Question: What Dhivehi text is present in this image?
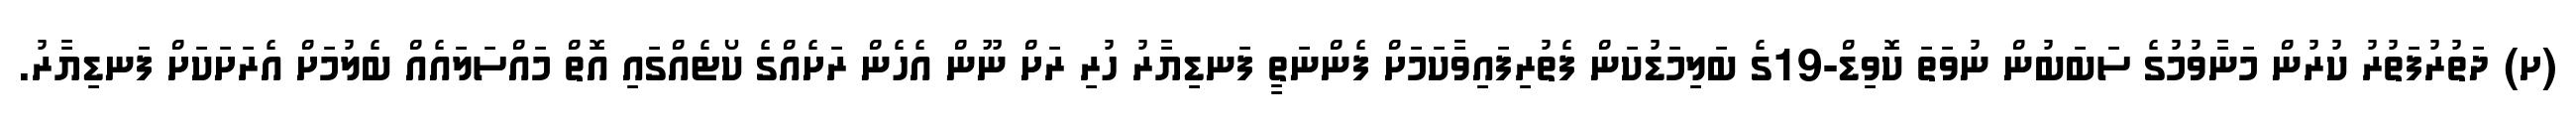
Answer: (ށ) ދަތުރުފަތުރު ކުރުން މަނާވުމުގެ ސަބަބުން ނުވަތަ ކޮވިޑް-19ގެ ބަލިމަޑުކަން ފެތުރިފައިވާކަމަށް ފެންނަތީ ފަނޑިޔާރު ހުރި ރަށް ނޫން އެހެން ރަށެއްގެ ކޯޓެއްގައި އޮތް މައްސަލައެއް ބެލުމަށް އެރަށަކަށް ފަނޑިޔާރު.